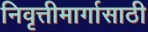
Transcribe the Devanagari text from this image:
निवृत्तीमार्गासाठी